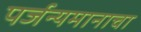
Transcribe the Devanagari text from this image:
पर्जन्यमानाचा